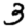
Digit: 3